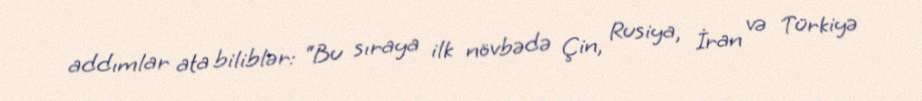
addımlar ata biliblər: “Bu sıraya ilk növbədə Çin, Rusiya, İran və Türkiyə